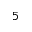
^ 5